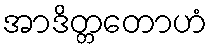
အာဒိတ္တတောဟံ